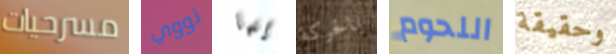
مسرحيات نووي إنها بالحركة اللحوم وحقيقة